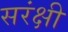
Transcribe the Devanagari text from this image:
सरंक्षी